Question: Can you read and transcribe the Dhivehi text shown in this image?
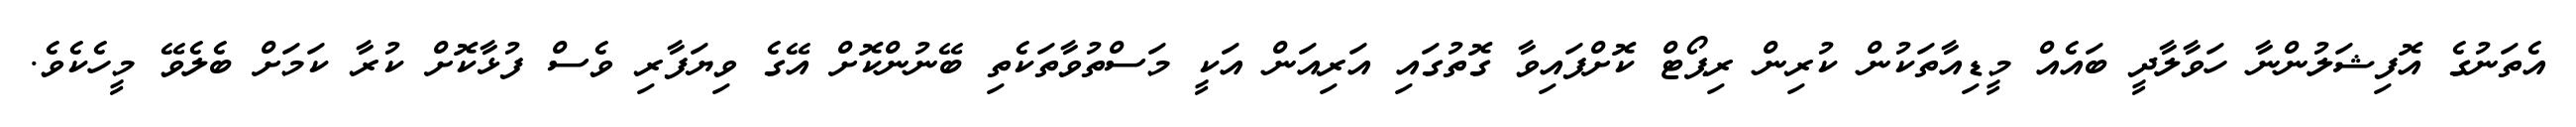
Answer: އެތަނުގެ އޮފިޝަލުންނާ ހަވާލާދީ ބައެއް މީޑިއާތަކުން ކުރިން ރިޕޯޓް ކޮށްފައިވާ ގޮތުގައި އަރިއަން އަކީ މަސްތުވާތަކެތި ބޭނުންކޮށް އޭގެ ވިޔަފާރި ވެސް ފުޅާކޮށް ކުރާ ކަމަށް ބެލެވޭ މީހެކެވެ.